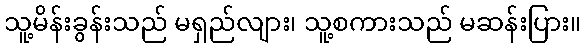
သူ့မိန်းခွန်းသည် မရှည်လျား၊ သူ့စကားသည် မဆန်းပြား။